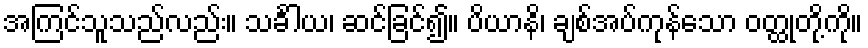
အကြင်သူသည်လည်း။ သင်္ခါယ၊ ဆင်ခြင်၍။ ပိယာနိ၊ ချစ်အပ်ကုန်သော ဝတ္ထုတို့ကို။